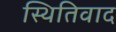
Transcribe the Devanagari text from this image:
स्थितिवाद